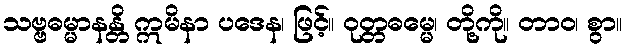
သဗ္ဗဓမ္မာနန္တိ ဣမိနာ ပဒေန၊ ဖြင့်။ ဝုတ္တဓမ္မေ၊ တို့ကို။ တာဝ၊ စွာ။